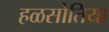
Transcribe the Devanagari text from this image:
हळसोतिया